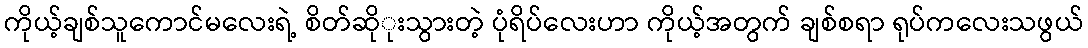
ကိုယ့်ချစ်သူကောင်မလေးရဲ့ စိတ်ဆိုုးသွားတဲ့ ပုံရိပ်လေးဟာ ကိုယ့်အတွက် ချစ်စရာ ရုပ်ကလေးသဖွယ်